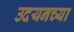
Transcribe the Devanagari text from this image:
उदयनच्या